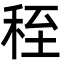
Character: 秷